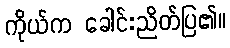
ကိုယ်က ခေါင်းညိတ်ပြ၏။